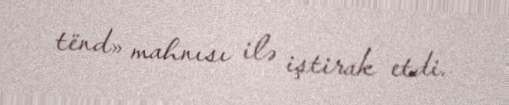
tënd» mahnısı ilə iştirak etdi.